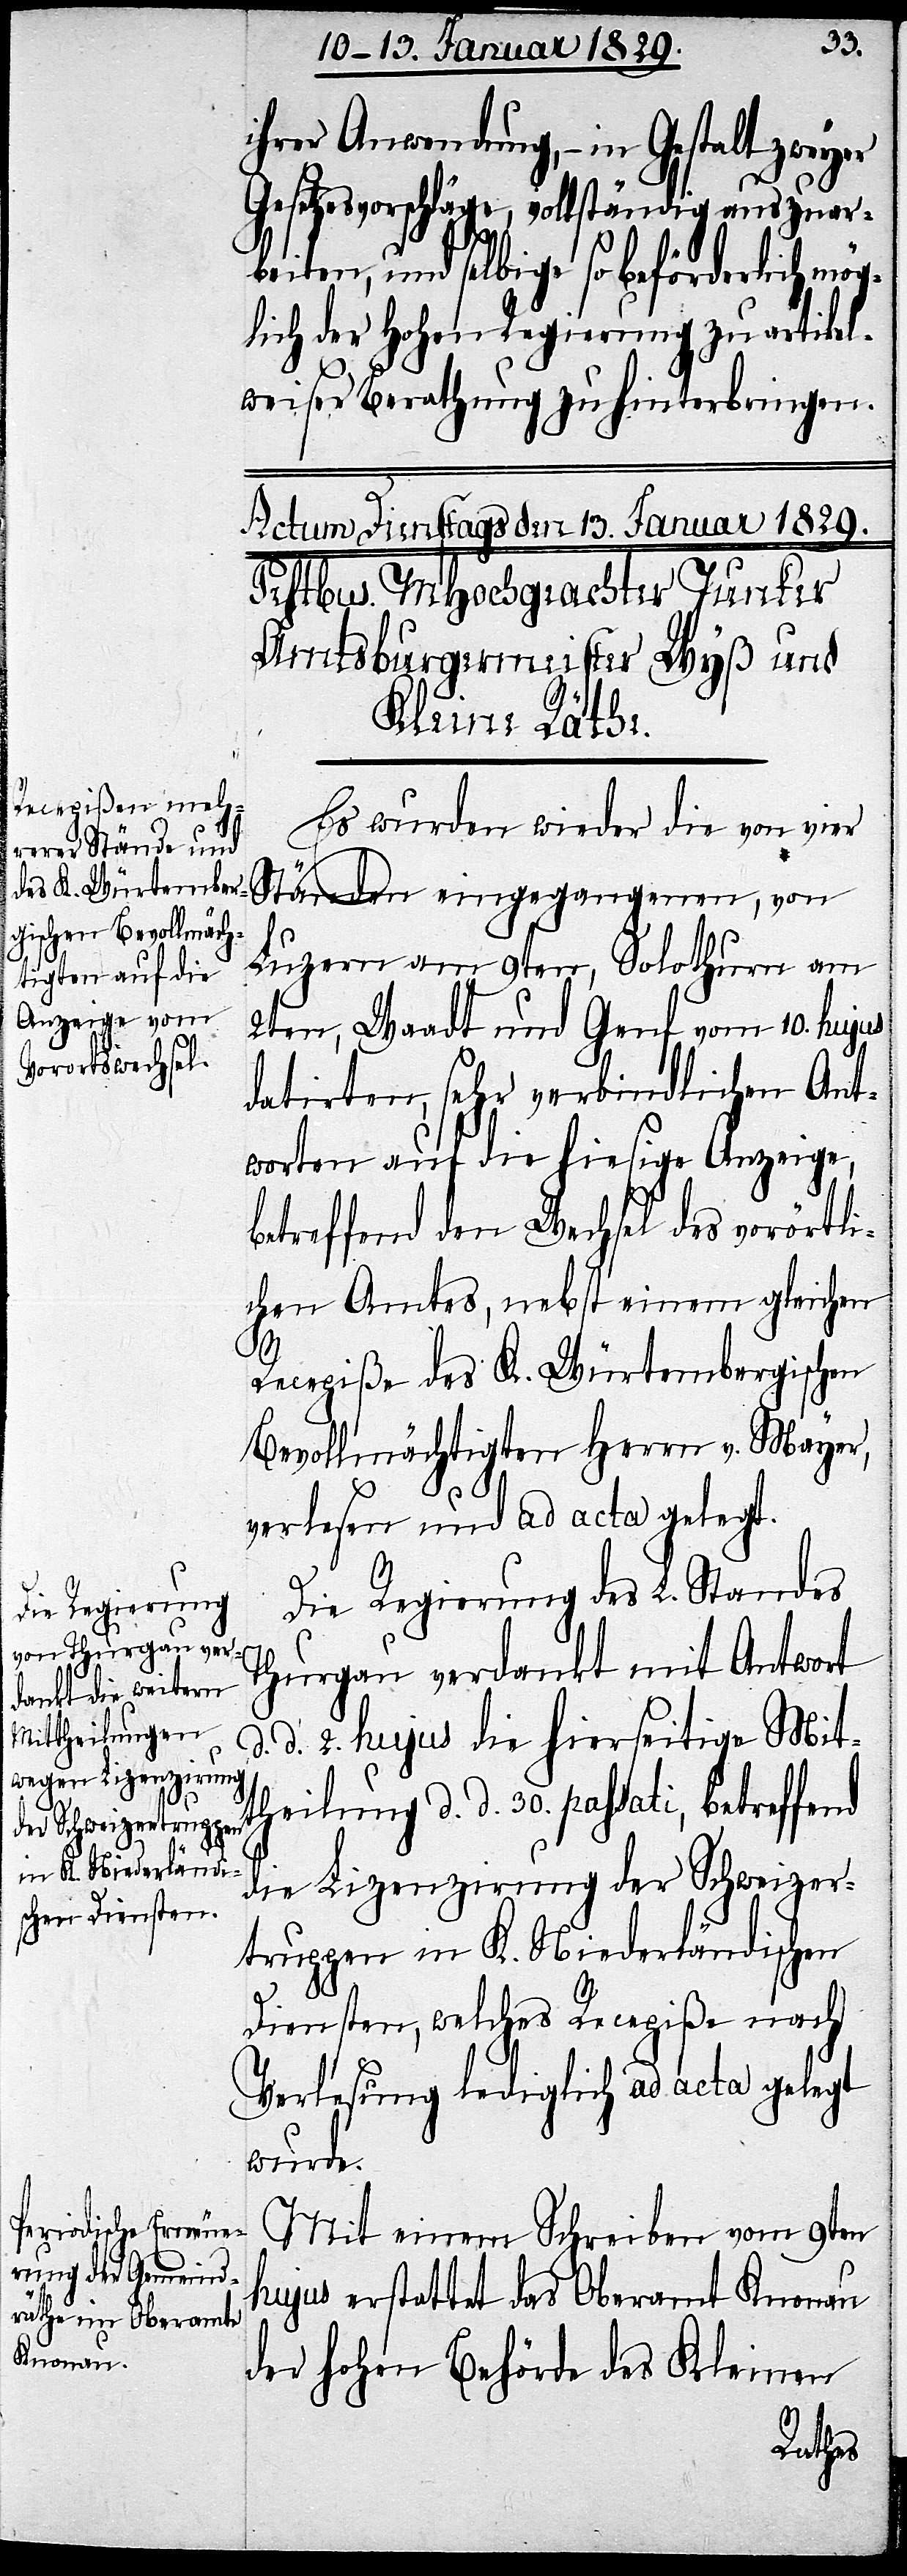
ihrer Anwendung, – in Gestalt zweyer
Gesetzesvorschläge, vollständig auszuar¬
beiten, und selbige so beförderlich mög¬
lich der Hohen Regierung zu artikel¬
weiser Berathung zu hinterbringen.
Es wurden wieder die von vier
Ständen eingegangenen, von
Luzern am 9ten, Solothurn am
2ten, Waadt und Genf vom 10. hujus
datirten, sehr verbindlichen Ant¬
worten auf die hiesige Anzeige,
betreffend den Wechsel des vorörtli¬
chen Amtes, nebst einem gleichen
Recepiße des K. Würtembergischen
Bevollmächtigten Herrn v. Mayer,
verlesen und ad acta gelegt.
Die Regierung des L. Standes
Thurgau verdankt mit Antwort
d. d. 2. hujus die hierseitige Mit¬
theilung d. d. 30. passati, betreffend
die Lizenzirung der Schweizer¬
truppen in K. Niederländischen
Diensten, welches Recepiße nach
Verlesung lediglich ad acta gelegt
wurde.
Mit einem Schreiben vom 9ten
hujus erstattet das Oberamt Knonau
der Hohen Behörde des Kleinen